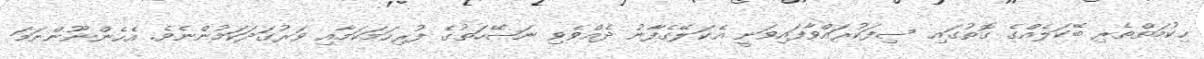
ޙިކުމަތްތެރި ބޭކަލެއްގެ ގޮތުގައި ސިފަކުރައްވާފައިވަނީ އެކަލޭގެފާނު ދެއްވެވި ނަޞޭހަތުގެ ފުރިހަމަކަމާއި ވަރުގަދަކަމުންނެވެ. އެހެންނޫންނަމަ